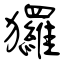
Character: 玀